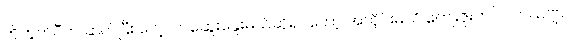
ကိုတွတ်ပီက ဆက်ပြီး လေ့လာဆွေးနွေးမယ်ဆိုရင်တော့ အတိုင်းမသိ ကျေးဇူးတင်ပါတယ်ဗျာ။